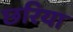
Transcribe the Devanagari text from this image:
छरिया